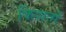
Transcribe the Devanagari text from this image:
किशतों